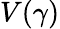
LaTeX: V(\gamma)